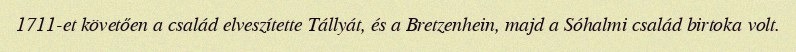
1711-et követően a család elveszítette Tállyát, és a Bretzenhein, majd a Sóhalmi család birtoka volt.